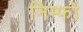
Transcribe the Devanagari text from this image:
निम्फो